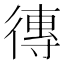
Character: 𪫖